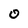
Character: o